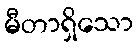
မီတာရှိသော